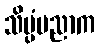
သိပ္ပံပညာက